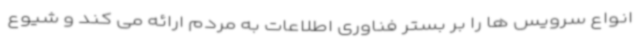
انواع سرویس ها را بر بستر فناوری اطلاعات به مردم ارائه می کند و شیوع